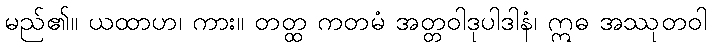
မည်၏။ ယထာဟ၊ ကား။ တတ္ထ ကတမံ အတ္တဝါဒုပါဒါနံ၊ ဣဓ အဿုတဝါ